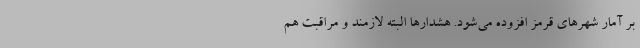
بر آمار شهرهای قرمز افزوده می‌شود. هشدارها البته لازمند و مراقبت هم